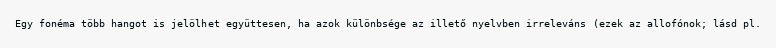
Egy fonéma több hangot is jelölhet együttesen, ha azok különbsége az illető nyelvben irreleváns (ezek az allofónok; lásd pl.